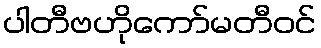
ပါတီဗဟိုကော်မတီဝင်